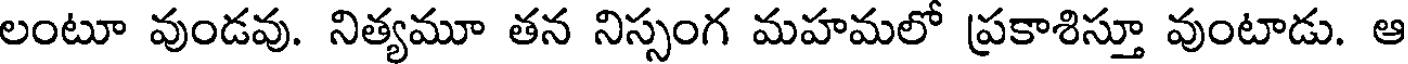
లంటూ వుండవు. నిత్యమూ తన నిస్సంగ మహమలో ప్రకాశిస్తూ వుంటాడు. ఆ